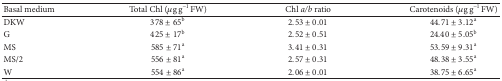
<table><thead><tr><td><b>Basal medium</b></td><td><b>Total Chl (<i>μ</i>g g<sup>−1</sup> FW)</b></td><td><b>Chl <i>a/b</i> ratio</b></td><td><b>Carotenoids (<i>μ</i>g g<sup>−1</sup> FW)</b></td></tr></thead><tbody><tr><td>DKW</td><td>378 ± 65<sup>b</sup></td><td>2.53 ± 0.01</td><td>44.71 ± 3.12<sup>a</sup></td></tr><tr><td>G</td><td>425 ± 17<sup>b</sup></td><td>2.52 ± 0.51</td><td>24.40 ± 5.05<sup>b</sup></td></tr><tr><td>MS</td><td>585 ± 71<sup>a</sup></td><td>3.41 ± 0.31</td><td>53.59 ± 9.31<sup>a</sup></td></tr><tr><td>MS/2</td><td>556 ± 81<sup>a</sup></td><td>2.57 ± 0.31</td><td>48.38 ± 3.55<sup>a</sup></td></tr><tr><td>W</td><td>554 ± 86<sup>a</sup></td><td>2.06 ± 0.01</td><td>38.75 ± 6.65<sup>a</sup></td></tr></tbody></table>